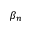
\beta _ { n }